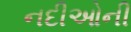
નદીઓની